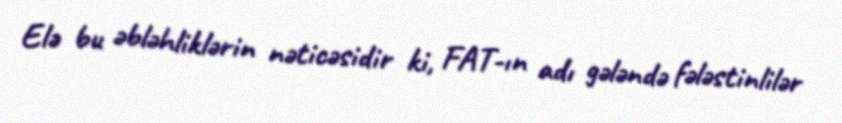
Elə bu əbləhliklərin nəticəsidir ki, FAT-ın adı gələndə fələstinlilər